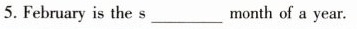
5. February is the s___month of a year.